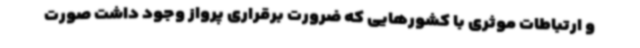
و ارتباطات موثری با کشورهایی که ضرورت برقراری پرواز وجود داشت صورت